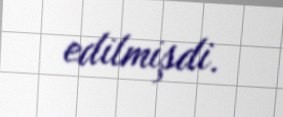
edilmişdi.